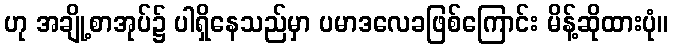
ဟု အချို့စာအုပ်၌ ပါရှိနေသည်မှာ ပမာဒလေခဖြစ်ကြောင်း မိန့်ဆိုထားပုံ။